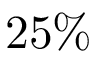
2 5 \%